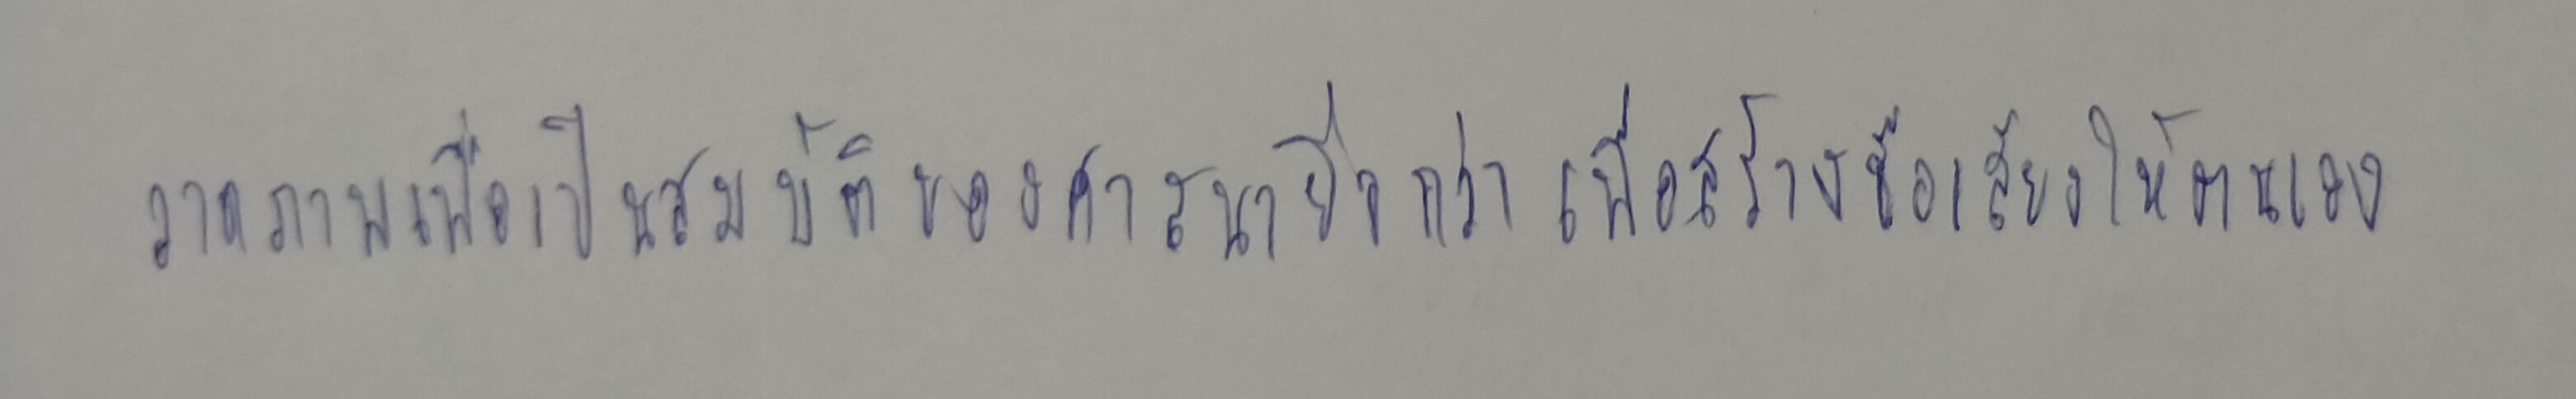
วาดภาพเพื่อเป็นสมบัติของศาสนายิ่งกว่าเพื่อสร้างชื่อเสียงให้ตนเอง